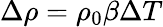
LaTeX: \Delta\rho=\rho_{0}\beta\Delta T